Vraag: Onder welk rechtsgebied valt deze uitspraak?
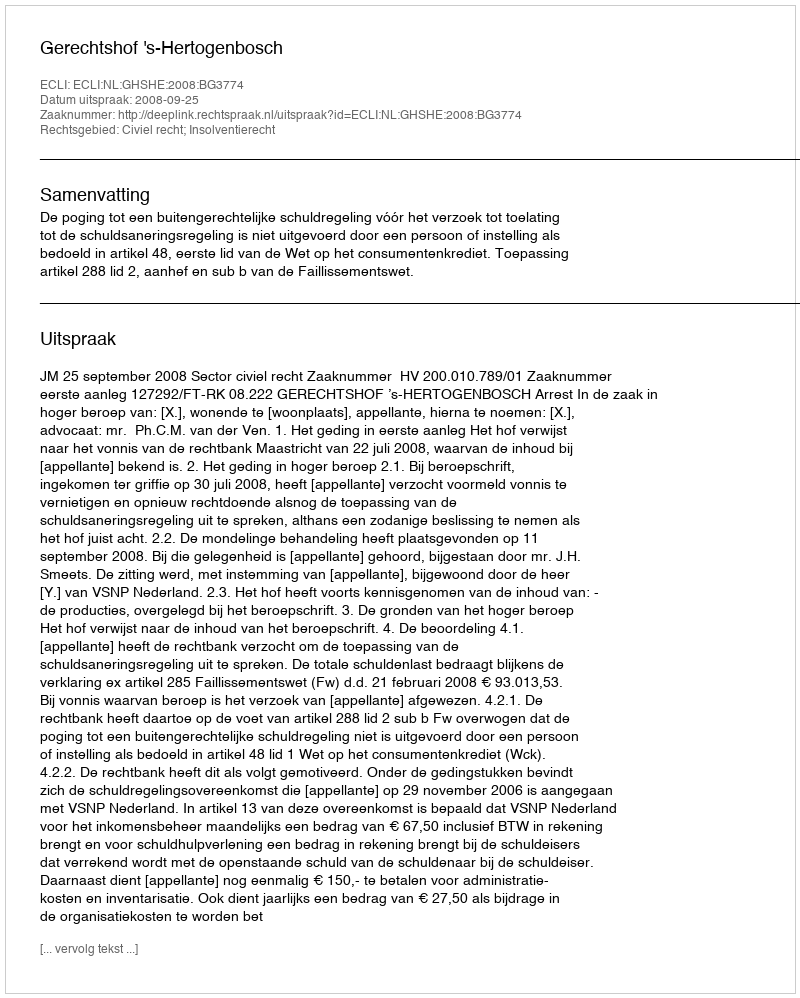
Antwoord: Civiel recht; Insolventierecht